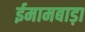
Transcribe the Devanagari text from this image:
ईमामबाड़ा